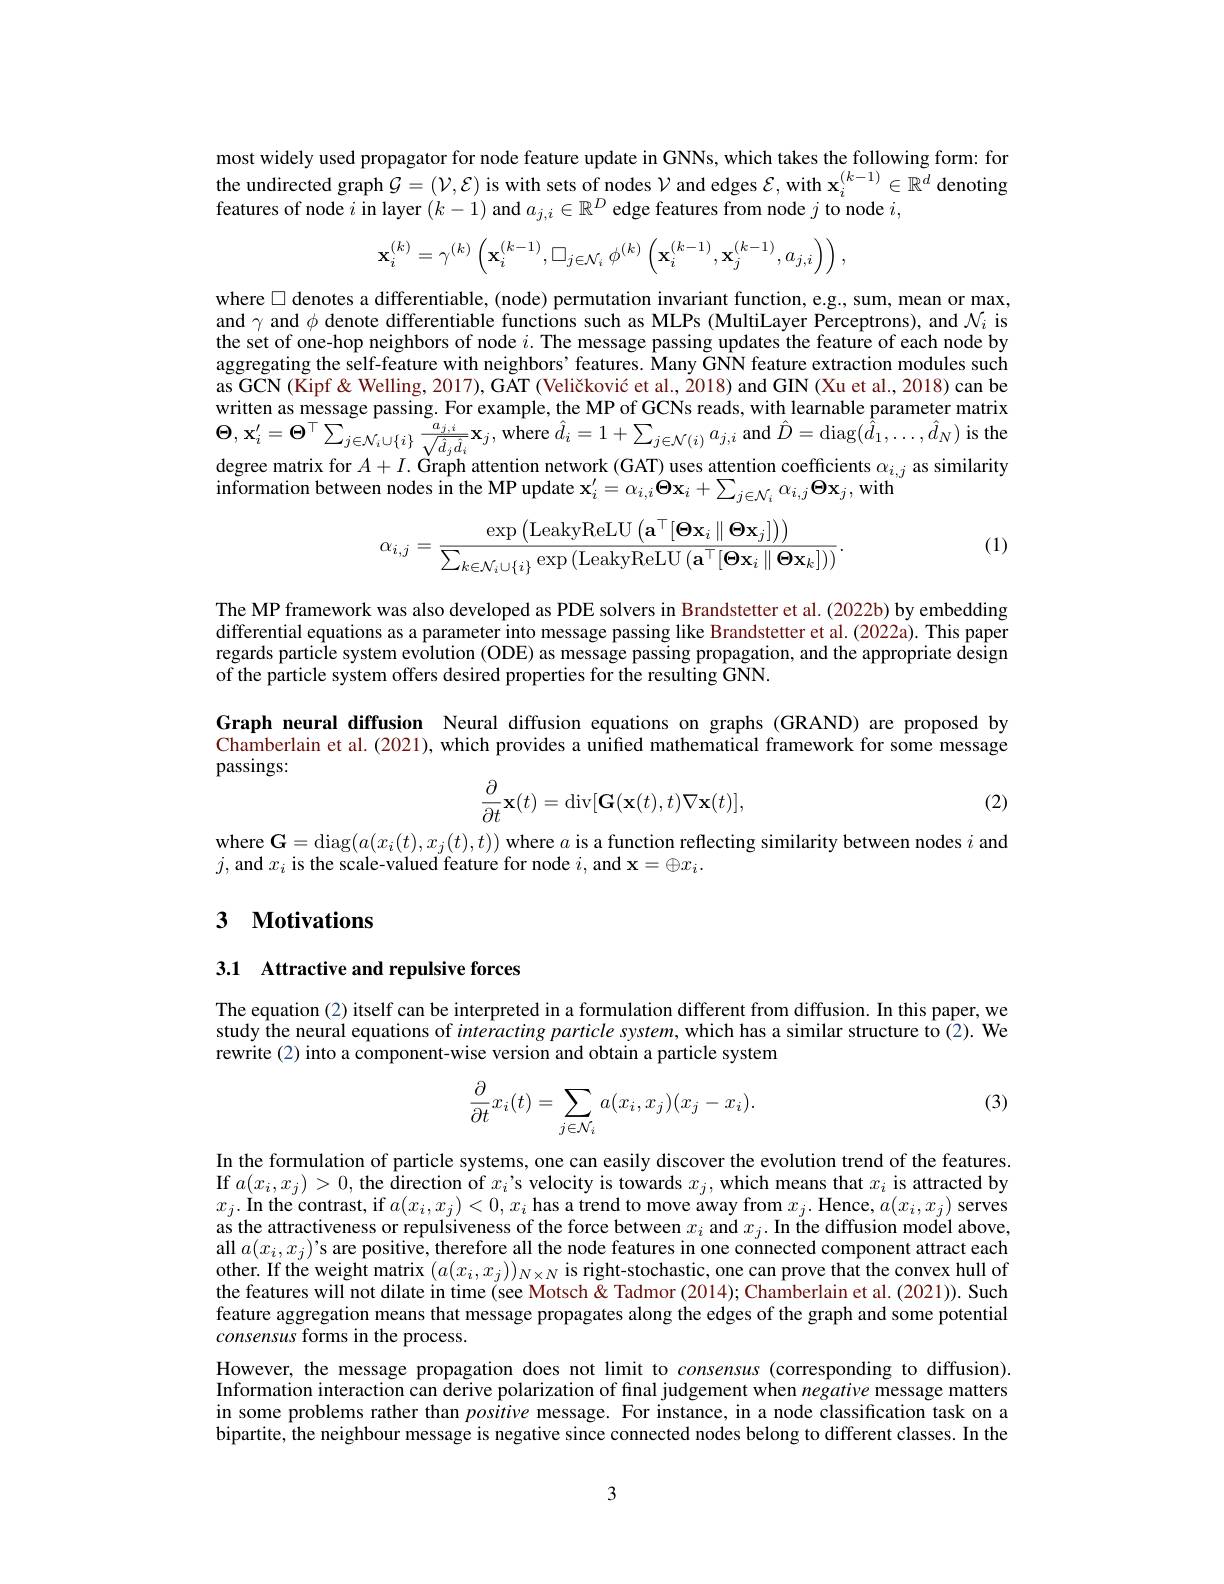
most widely used propagator for node feature update in GNNs, which takes the following form: for the undirected graph $G=(\mathcal{V},\mathcal{E})$ is with sets of nodes $\mathcal{V}$ and edges $\mathcal{E}$, with $\mathbf{x}_i^{(k-1)}\in\mathbb{R}^d$ denoting features of node $i$ in layer $(k-1)$ and $a_j,i\in\mathbb{R}^D$ edge features from node $j$ to node $i$,
$$\mathbf{x}_{i}^{(k)}=\gamma^{(k)}\left(\mathbf{x}_{i}^{(k-1)},\square_{j\in\mathcal{N}_{i}}\phi^{(k)}\left(\mathbf{x}_{i}^{(k-1)},\mathbf{x}_{j}^{(k-1)},a_{j,i}\right)\right),$$
where $\square$ denotes a differentiable, (node) permutation invariant function, e.g., sum, mean or max, and $\gamma$ and $\phi$ denote differentiable functions such as MLPs (MultiLayer Perceptrons), and $\mathcal{N}_i$ is the set of one-hop neighbors of node $i.$ The message passing updates the feature of each node by aggregating the self-feature with neighbors'features. Many GNN feature extraction modules such as GCN (Kipf & Welling, 2017), GKT (Veličković et al., $\dot{2}018)$ and GIN (Xu et al., 2018) can be written as message passing. For example, the MP of GCNs reads, with learnable parameter matrix $\Theta,\mathbf{x}_{i}^{\prime}=\Theta^{\top}\sum_{j\in\mathcal{N}_{i}\cup\{i\}}\frac{a_{j,i}}{\sqrt{\hat{d}_{j}\hat{d}_{i}}}\mathbf{x}_{j}$,where $\hat{d}_{i}=1+\sum_{j\in\mathcal{N}(i)}a_{j,i}$ and $\hat{D}=\operatorname{diag}(\hat{d}_{1},\ldots,\hat{d}_{N})$ is the degree matrix for $A+I.$ Graph attention network (GAT) uses attention coefficients $\alpha_i,j$ as similarity information between nodes in the MP update $\mathbf{x}_i^{\prime}=\alpha_{i,i}\Theta\mathbf{x}_i+\sum_{j\in\mathcal{N}_i}\alpha_{i,j}\Theta\mathbf{x}_j$,with
(1)
$$\alpha_{i,j}=\frac{\exp\left(\mathrm{LeakyReLU}\left(\mathbf{a}^\top[\mathbf{\Theta}\mathbf{x}_i\parallel\mathbf{\Theta}\mathbf{x}_j]\right)\right)}{\sum_{k\in\mathcal{N}_i\cup\{i\}}\exp\left(\mathrm{LeakyReLU}\left(\mathbf{a}^\top[\mathbf{\Theta}\mathbf{x}_i\parallel\mathbf{\Theta}\mathbf{x}_k]\right)\right)}.$$
The MP framework was also developed as PDE solvers in Brandstetter et al. (2022b) by embedding differential equations as a parameter into message passing like Brandstetter et al. (2022a). This paper regards particle system evolution (ODE) as message passing propagation, and the appropriate design of the particle system offers desired properties for the resulting GNN.

Graph neural diffusion Neural diffusion equations on graphs (GRAND) are proposed by Chamberlain et al. (2021), which provides a unified mathematical framework for some message passings:
$$\frac{\partial}{\partial t}\mathbf{x}(t)=\mathrm{div}[\mathbf{G}(\mathbf{x}(t),t)\nabla\mathbf{x}(t)],$$
(2)

where $\mathbf{G}=$diag$(a(x_i(t),x_j(t),t))$ where $a$ is a function reflecting similarity between nodes $i$ and
$j$,and $x_i$ is the scale-valued feature for node $i$, and $\mathbf{x}=\oplus x_i.$

## 3 $\textbf{Motivations}$

## 3.1 Attractive and repulsive forces

The equation (2) itself can be interpreted in a formulation different from diffusion. In this paper, we study the neural equations of interacting particle system, which has a similar structure to (2). We rewrite (2) into a component-wise version and obtain a particle system

(3)
$$\dfrac{\partial}{\partial t}x_i(t)=\sum\limits_{j\in\mathcal{N}_i}a(x_i,x_j)(x_j-x_i).$$
In the formulation of particle systems, one can easily discover the evolution trend of the features. If $a(x_i,x_j)>0$,the direction of $x_i$'s velocity is towards $x_j$, which means that $x_i$ is attracted by $x_{j}.$In the contrast, if $a(x_i,x_j)<0,x_i$ has a trend to move away from $x_j.$ Hence, $a(x_i,x_j)$ serves as the attractiveness or repulsiveness of the force between $x_i$ and $x_j.$ In the diffusion model above, all $a(x_i,x_j)’$s are positive, therefore all the node features in one connected component attract each other. If the weight matrix $(a(x_i,x_j))_{N\times N}$ is right-stochastic, one can prove that the convex hull of the features will not dilate in time (see Motsch & Tadmor (2014); Chamberlain et al. (2021)). Such feature aggregation means that message propagates along the edges of the graph and some potential consensus forms in the process.
However, the message propagation does not limit to consensus (corresponding to diffusion) Information interaction can derive polarization of final judgement when negative message matters in some problems rather than positive message. For instance, in a node classification task on a bipartite, the neighbour message is negative since connected nodes belong to different classes. In the

3